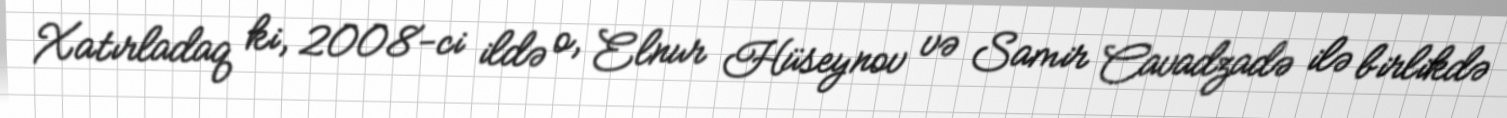
Xatırladaq ki, 2008-ci ildə o, Elnur Hüseynov və Samir Cavadzadə ilə birlikdə